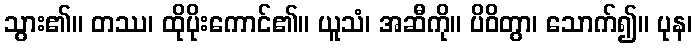
သွား၏။ တဿ၊ ထိုပိုးကောင်၏။ ယူသံ၊ အဆီကို။ ပိဝိတွာ၊ သောက်၍။ ပုန၊